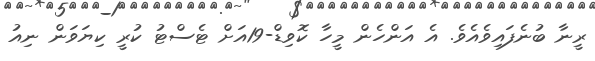
ރީނާ ބުނެފައިވެއެވެ. އެ އަންހެން މީހާ ކޮވިޑް-19އަށް ޓެސްޓު ކުރީ ކިޔަވަން ނިއު